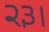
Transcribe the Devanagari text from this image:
२३।